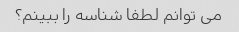
می توانم لطفا شناسه را ببینم؟